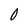
Character: 0